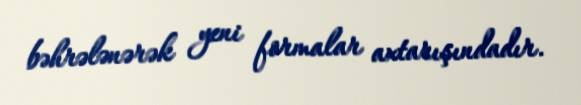
bəhrələnərək yeni formalar axtarışındadır.